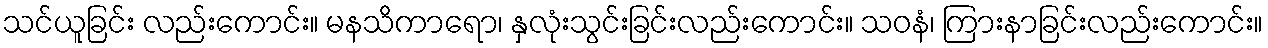
သင်ယူခြင်း လည်းကောင်း။ မနသိကာရော၊ နှလုံးသွင်းခြင်းလည်းကောင်း။ သဝနံ၊ ကြားနာခြင်းလည်းကောင်း။